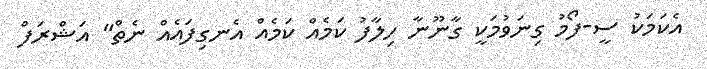
އެކަމަކު ސީ-ފޯމު ގިނަވުމަކީ ގާނޫނާ ހިލާފު ކަމެއް ކަމެއް އެނގިފައެއް ނެތް" އަޝްރަފް